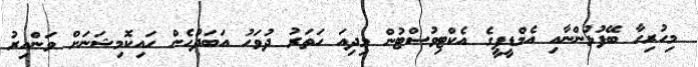
މިހުރިހާ ބޭފުޅުންނާއި އެމްޑީޕީގެ އެކްޓިވުސްޓުން މިދިއަ ހަތަރު ދުވަހު އަބަދުހެން ހައިކޮމިޝަނަށް ވަންއިރު